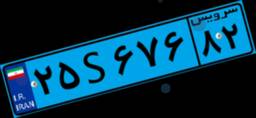
۲۵S۶۷۶۸۲